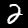
Digit: 2